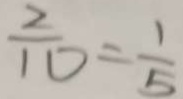
\frac { 2 } { 1 0 } = \frac { 1 } { 5 }